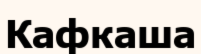
Кафкаша